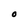
Character: O